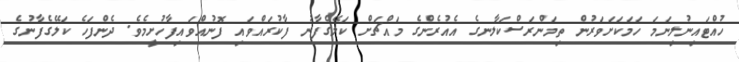
ހުއްޓައިނުލިނަމަ ހަމަކަށަވަރުން ތިމަންރަސްކަލާނގެ އެއުރެންގެ މައްޗަށް ކަލޭގެފާނު ފާކުރައްވައި ފޮނުއްވައިފާހުށީމެވެ. ދެންފަހެ ކަލޭގެފާނުގެ